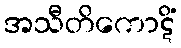
အသီတိကောဋိံ